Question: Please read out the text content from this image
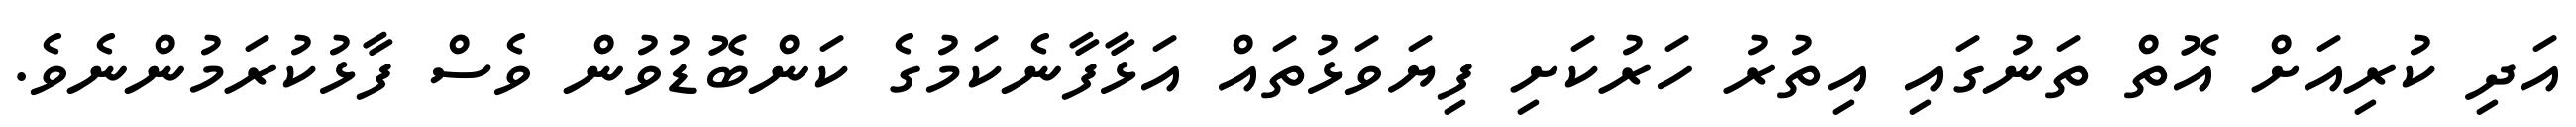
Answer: އަދި ކުރިއަށް އޮތް ތަނުގައި އިތުރު ހަރުކަށި ފިޔަވަޅުތައް އަޅާފާނެކަމުގެ ކަންބޮޑުވުން ވެސް ފާޅުކުރަމުންނެވެ.